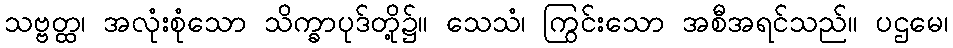
သဗ္ဗတ္ထ၊ အလုံးစုံသော သိက္ခာပုဒ်တို့၌။ သေသံ၊ ကြွင်းသော အစီအရင်သည်။ ပဌမေ၊